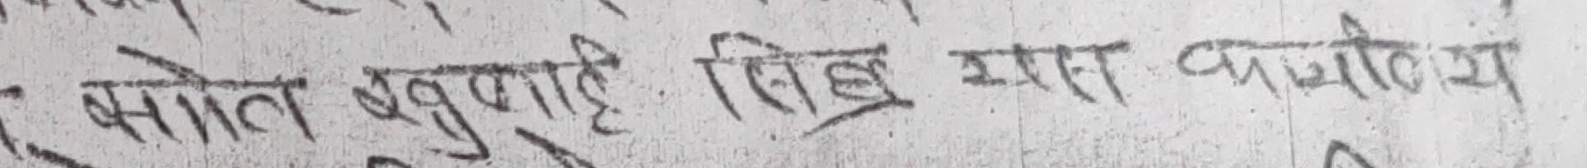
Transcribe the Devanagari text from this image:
सोहत खुआट्ट सिख मस्स वामोय